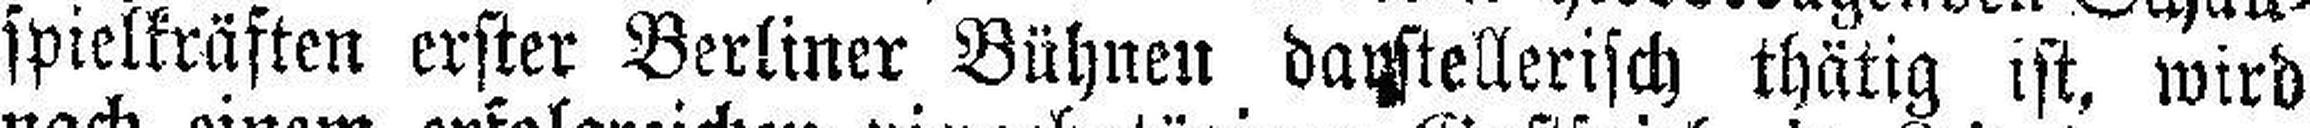
spielkräften erster Berliner Bühnen darstellerisch thätig ist, wird